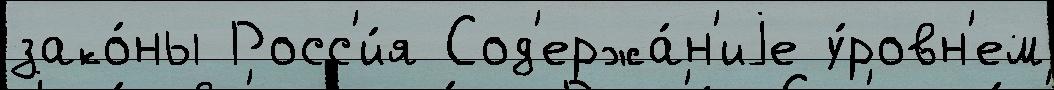
зако́ны Росс'и́я Сод'ержа́н'иjе у́ровн'ем